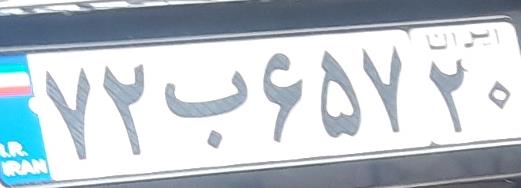
۷۲ب۶۵۷۲۰